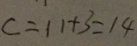
c = 1 1 + 3 = 1 4